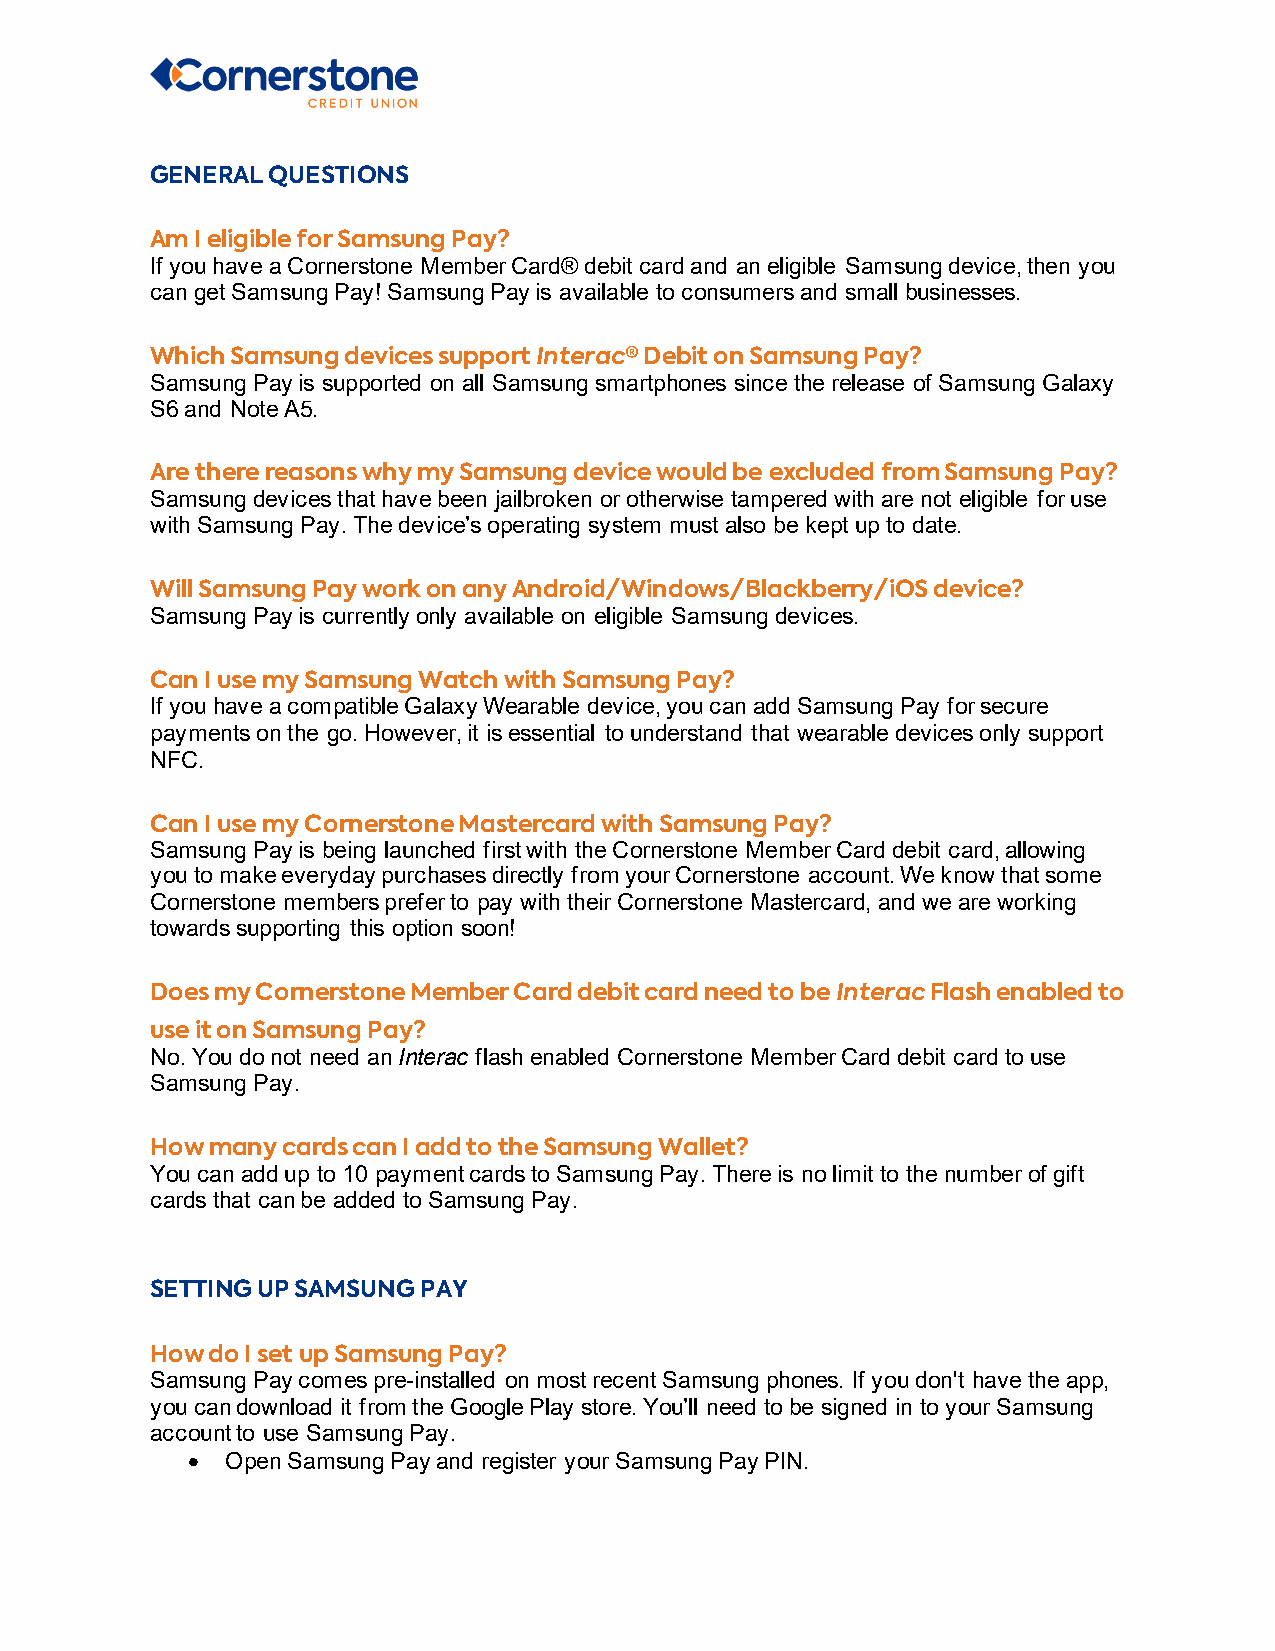
GENERAL QUESTIONS
 Am I eligible for Samsung Pay?
 If you have a Cornerstone Member Card® debit card and an eligible Samsung device, then you
 can get Samsung Pay! Samsung Pay is available to consumers and small businesses.
 Which Samsung devices support Interac® Debit on Samsung Pay?
 Samsung Pay is supported on all Samsung smartphones since the release of Samsung Galaxy
 S6 and Note A5.
 Are there reasons why my Samsung device would be excluded from Samsung Pay?
 Samsung devices that have been jailbroken or otherwise tampered with are not eligible for use
 with Samsung Pay. The device’s operating system must also be kept up to date.
 Will Samsung Pay work on any Android/Windows/Blackberry/iOS device?
 Samsung Pay is currently only available on eligible Samsung devices.
 Can I use my Samsung Watch with Samsung Pay?
 If you have a compatible Galaxy Wearable device, you can add Samsung Pay for secure
 payments on the go. However, it is essential to understand that wearable devices only support
 NFC.
 Can I use my Cornerstone Mastercard with Samsung Pay?
 Samsung Pay is being launched first with the Cornerstone Member Card debit card, allowing
 you to make everyday purchases directly from your Cornerstone account. We know that some
 Cornerstone members prefer to pay with their Cornerstone Mastercard, and we are working
 towards supporting this option soon!
 Does my Cornerstone Member Card debit card need to be Interac Flash enabled to
 use it on Samsung Pay?
 No. You do not need an Interac flash enabled Cornerstone Member Card debit card to use
 Samsung Pay.
 How many cards can I add to the Samsung Wallet?
 You can add up to 10 payment cards to Samsung Pay. There is no limit to the number of gift
 cards that can be added to Samsung Pay.
 SETTING UP SAMSUNG PAY
 How do I set up Samsung Pay?
 Samsung Pay comes pre-installed on most recent Samsung phones. If you don't have the app,
 you can download it from the Google Play store. You’ll need to be signed in to your Samsung
 account to use Samsung Pay.
 •  Open Samsung Pay and register your Samsung Pay PIN.